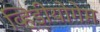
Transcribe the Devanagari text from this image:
व्हिडीयोगेम